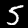
Label: 5